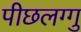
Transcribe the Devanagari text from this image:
पीछलग्गु